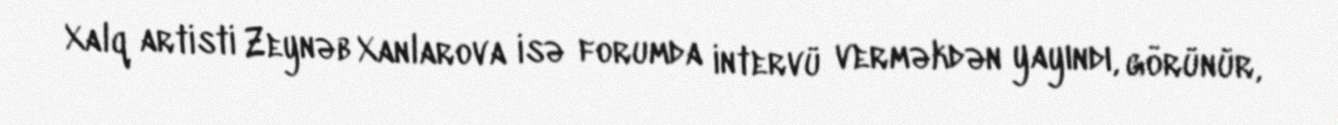
Xalq artisti Zeynəb Xanlarova isə forumda intervü verməkdən yayındı, görünür,